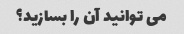
می توانید آن را بسازید؟